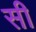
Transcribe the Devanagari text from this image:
सी